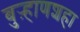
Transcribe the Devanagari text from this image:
बुऱ्हाणशहा